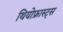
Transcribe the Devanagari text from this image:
थियोफ्रास्ट्स